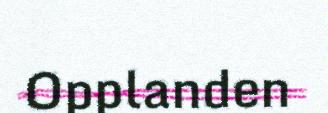
Opplanden